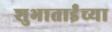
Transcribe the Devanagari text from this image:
शुभाताईंच्या